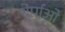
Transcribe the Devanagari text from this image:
शेर्पाओ